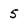
Character: 5